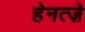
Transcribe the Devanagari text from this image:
हेनत्ज़े